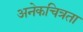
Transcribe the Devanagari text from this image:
अनेकचित्रता